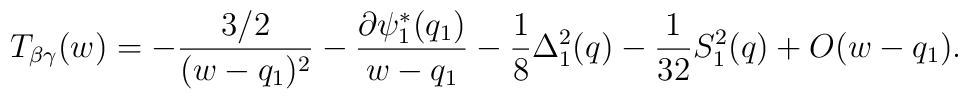
T_{\beta\gamma}(w)    =   - { 3/2\over (w-q_1)^2} -{\partial\psi^*_1(q_1)\over w-q_1} -{1\over8}\Delta_1^2(q)  - {1\over 32}S_1^2(q) + O(w-q_1).